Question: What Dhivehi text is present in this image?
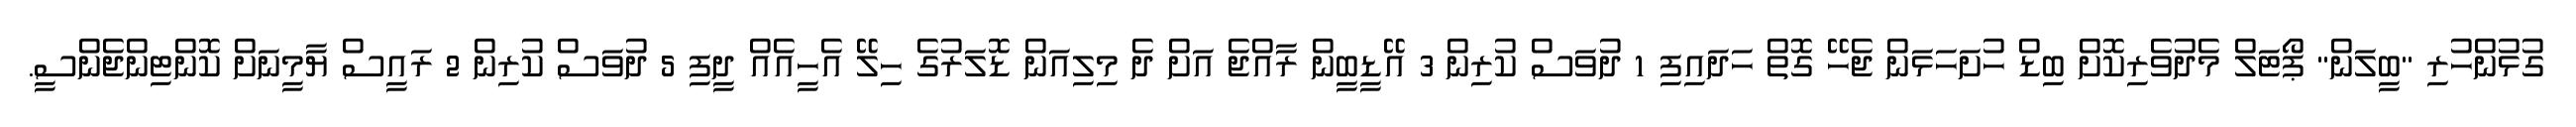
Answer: ގުޅުންހުރި "ބީލަން" ޕޯޓަލް މެދުވެރިކޮށް ބިޑް ހުށަހަޅަން ޖެހޭ ގޮތް ހަދައިފި 1 ދުވަސް ކުރިން 3 އޭޑީބީން ރާއްޖެ އަށް ދެ މިލިއަން ޑޮލަރުގެ ހިލޭ އެހީއެއް ދީފި 5 ދުވަސް ކުރިން 2 ރައީސް ޔާމީނަށް ކޮންޓިންޖެންސީ.